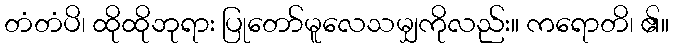
တံတံပိ၊ ထိုထိုဘုရား ပြုတော်မူလေသမျှကိုလည်း။ ကရောတိ၊ ၏။